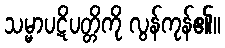
သမ္မာပဋိပတ္တိကို လွန်ကုန်၏။